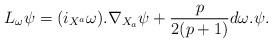
LaTeX: \begin{align*}L_{\omega}\psi=(i_{X^a}\omega).\nabla_{X_a}\psi+\frac{p}{2(p+1)}d\omega.\psi.\end{align*}